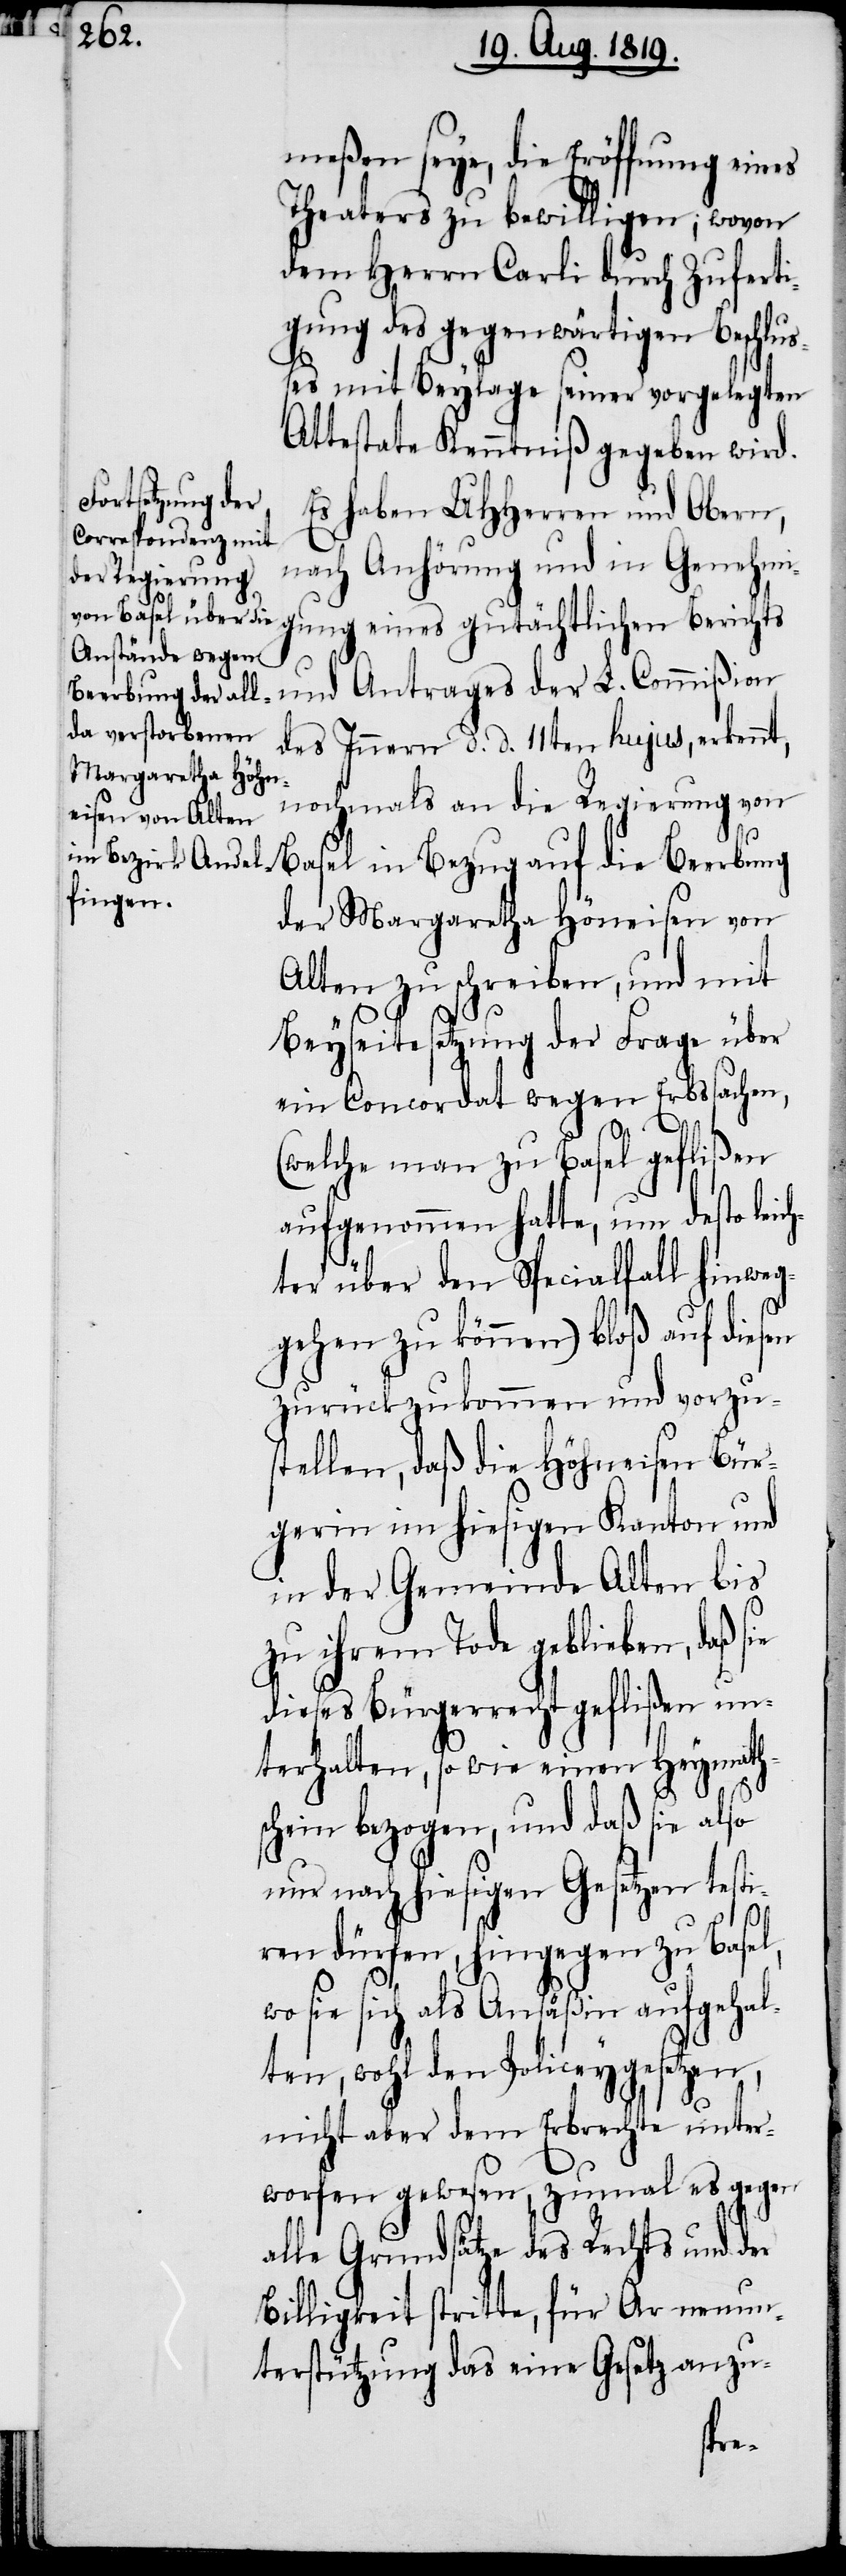
meßen seye, die Eröffnung eines
Theaters zu bewilligen; wovon
dem Herrn Carli durch Zuferti¬
gung des gegenwärtigen Beschlu¬
ßes mit Beylage seiner vorgelegten
Attestate Kenntniß gegeben wird.
Es haben UHHerren und Obern,
nach Anhörung und in Genehmi¬
gung eines gutächtlichen Berichts
ch¬
und Antrages der L. Commißion
des Innern d. d. 11ten hujus, erkennt,
nochmals an die Regierung von
der Margaretha Höneisen von
Alten zu schreiben, und mit
Beyseitesetzung der Frage über
ein Concordat wegen Erbssachen,
(welche man zu Basel geflißen
aufgenommen hatte, um desto lei¬
ter über den Specialfall hinweg¬
gehen zu können) bloß auf diesen
zurückzukommen und vorzu¬
stellen, daß die Höhneisen Bür¬
gerin im hiesigen Kanton und
in der Gemeinde Alten bis
zu ihrem Tode geblieben, daß sie
dieses Bürgerrecht geflißen un¬
terhalten, so wie einen Heymath¬
schein bezogen, und daß sie also
nur nach hiesigen Gesetzen testi¬
ren dürfen, hingegen zu Basel,
wo sie sich als Ansäßin aufgehal¬
ten, wohl den Policeygesetzen,
nicht aber dem Erbrechte unter¬
worfen gewesen, zumal es gegen
alle Grundsätze des Rechts und der
Billigkeit stritte, für Armenun¬
terstützung das eine Gesetz anzu-
die